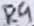
Text: R9